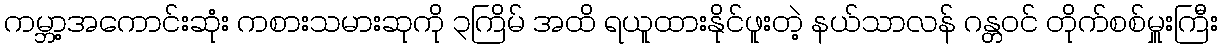
ကမ္ဘာ့အကောင်းဆုံး ကစားသမားဆုကို ၃ကြိမ် အထိ ရယူထားနိုင်ဖူးတဲ့ နယ်သာလန် ဂန္တဝင် တိုက်စစ်မှူးကြီး